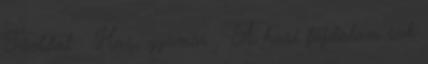
Főoldal Has, gyomor A hasi fájdalom sok